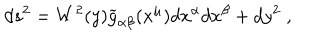
LaTeX: d s ^ { 2 } = W ^ { 2 } ( y ) \widetilde { g } _ { \alpha \beta } ( x ^ { \mu } ) d x ^ { \alpha } d x ^ { \beta } + d y ^ { 2 } \; ,